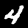
Label: 4